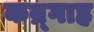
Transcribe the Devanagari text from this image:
कब्र्गाह